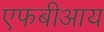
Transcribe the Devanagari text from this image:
एफबीआय